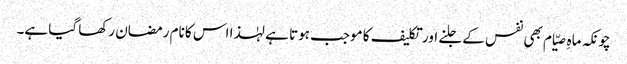
چونکہ ماہِ صیّام بھی نفس کے جلنے اور تکلیف کا موجب ہوتا ہے لہٰذا اس کا نام رمضان رکھا گیا ہے۔